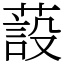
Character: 蔎